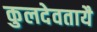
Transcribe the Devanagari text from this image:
कुलदेवतायै